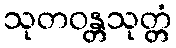
သုတဝန္တသုတ္တံ